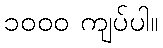
၁၀၀၀ ကျပ်ပါ။